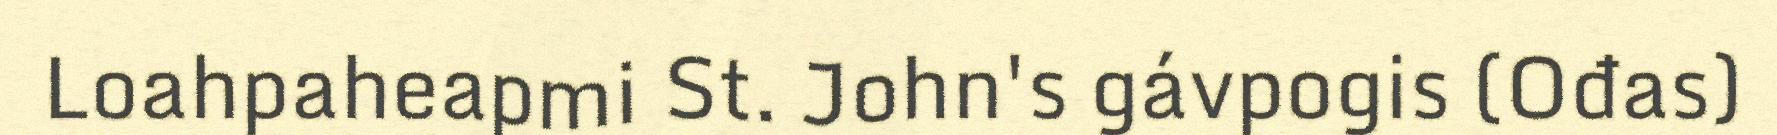
Loahpaheapmi St. John's gávpogis (Ođas)